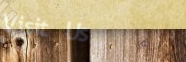
Visit Us